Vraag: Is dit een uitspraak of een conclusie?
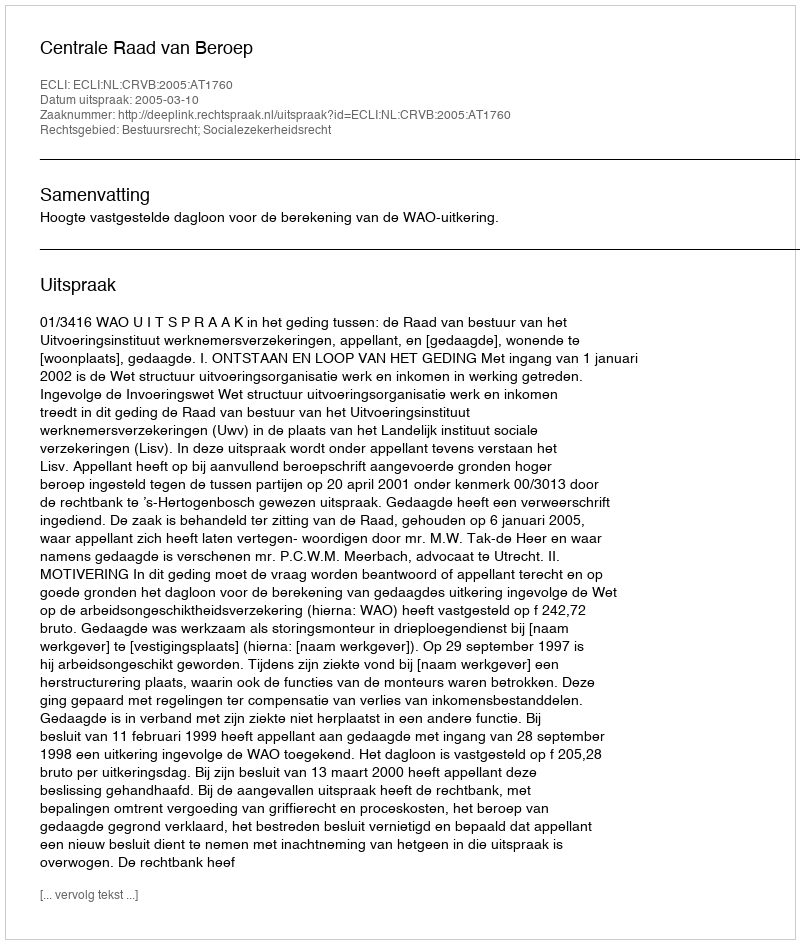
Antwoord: Uitspraak